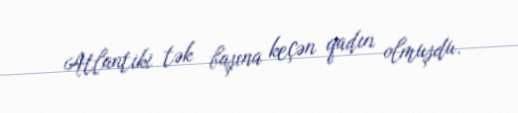
Atlantiki tək başına keçən qadın olmuşdu.